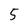
Character: 5